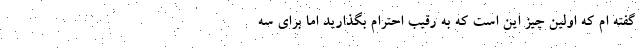
گفته ام که اولین چیز این است که به رقیب احترام بگذارید اما برای سه